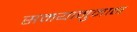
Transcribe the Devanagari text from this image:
समयानुमान